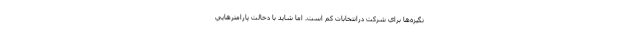
نگيزه‌ها براي شركت درانتخابات كم است. اما شايد با دخالت پارامترهايي